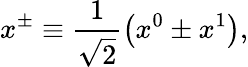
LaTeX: x^{\pm}\equiv\frac{1}{\sqrt{2}}\left(x^{0}\pm x^{1}\right),